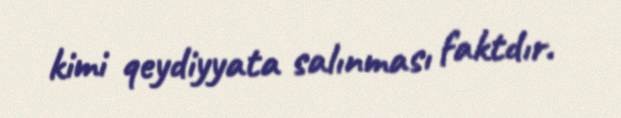
kimi qeydiyyata salınması faktdır.